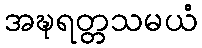
အဍ္ဎရတ္တသမယံ